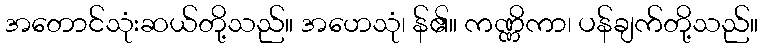
အတောင်သုံးဆယ်တို့သည်။ အဟေသုံ၊ န်၏။ ကဏ္ဏိကာ၊ ပန်ချက်တို့သည်။